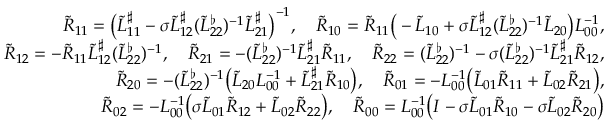
\begin{array} { r } { \widetilde { R } _ { 1 1 } = \big ( \widetilde { L } _ { 1 1 } ^ { \sharp } - \sigma \widetilde { L } _ { 1 2 } ^ { \sharp } ( \widetilde { L } _ { 2 2 } ^ { \flat } ) ^ { - 1 } \widetilde { L } _ { 2 1 } ^ { \sharp } \big ) ^ { - 1 } , \quad \widetilde { R } _ { 1 0 } = \widetilde { R } _ { 1 1 } \big ( - \widetilde { L } _ { 1 0 } + \sigma \widetilde { L } _ { 1 2 } ^ { \sharp } ( \widetilde { L } _ { 2 2 } ^ { \flat } ) ^ { - 1 } \widetilde { L } _ { 2 0 } \big ) L _ { 0 0 } ^ { - 1 } , } \\ { \widetilde { R } _ { 1 2 } = - \widetilde { R } _ { 1 1 } \widetilde { L } _ { 1 2 } ^ { \sharp } ( \widetilde { L } _ { 2 2 } ^ { \flat } ) ^ { - 1 } , \quad \widetilde { R } _ { 2 1 } = - ( \widetilde { L } _ { 2 2 } ^ { \flat } ) ^ { - 1 } \widetilde { L } _ { 2 1 } ^ { \sharp } \widetilde { R } _ { 1 1 } , \quad \widetilde { R } _ { 2 2 } = ( \widetilde { L } _ { 2 2 } ^ { \flat } ) ^ { - 1 } - \sigma ( \widetilde { L } _ { 2 2 } ^ { \flat } ) ^ { - 1 } \widetilde { L } _ { 2 1 } ^ { \sharp } \widetilde { R } _ { 1 2 } , } \\ { \widetilde { R } _ { 2 0 } = - ( \widetilde { L } _ { 2 2 } ^ { \flat } ) ^ { - 1 } \big ( \widetilde { L } _ { 2 0 } L _ { 0 0 } ^ { - 1 } + \widetilde { L } _ { 2 1 } ^ { \sharp } \widetilde { R } _ { 1 0 } \big ) , \quad \widetilde { R } _ { 0 1 } = - L _ { 0 0 } ^ { - 1 } \big ( \widetilde { L } _ { 0 1 } \widetilde { R } _ { 1 1 } + \widetilde { L } _ { 0 2 } \widetilde { R } _ { 2 1 } \big ) , } \\ { \widetilde { R } _ { 0 2 } = - L _ { 0 0 } ^ { - 1 } \big ( \sigma \widetilde { L } _ { 0 1 } \widetilde { R } _ { 1 2 } + \widetilde { L } _ { 0 2 } \widetilde { R } _ { 2 2 } \big ) , \quad \widetilde { R } _ { 0 0 } = L _ { 0 0 } ^ { - 1 } \big ( I - \sigma \widetilde { L } _ { 0 1 } \widetilde { R } _ { 1 0 } - \sigma \widetilde { L } _ { 0 2 } \widetilde { R } _ { 2 0 } \big ) } \end{array}